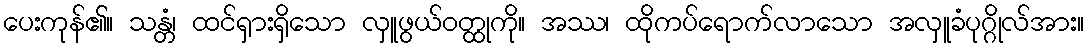
ပေးကုန်၏။ သန္တံ၊ ထင်ရှားရှိသော လှူဖွယ်ဝတ္ထုကို။ အဿ၊ ထိုကပ်ရောက်လာသော အလှူခံပုဂ္ဂိုလ်အား။